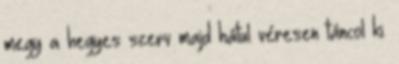
megy a hegyes szerv majd hátul véresen táncol ki.